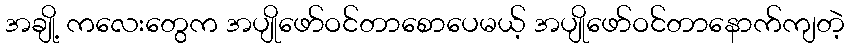
အချို့ ကလေးတွေက အပျိုဖော်ဝင်တာစောပေမယ့် အပျိုဖော်ဝင်တာနောက်ကျတဲ့